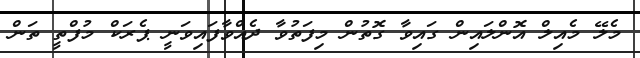
މެލޭ މެއިލް އޮންލައިން ގައިވާ ގޮތުން މިފަތުވާ ދެއްވާފައިވަނީ ޕެރަކް މުފްތީ ތަން